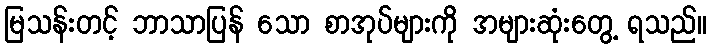
မြသန်းတင့် ဘာသာပြန် သော စာအုပ်များကို အများဆုံးတွေ့ ရသည်။